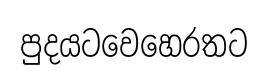
පුදයටවෙහෙරතට